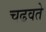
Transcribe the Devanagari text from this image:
चढवते